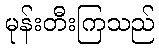
မုန်းတီးကြသည်